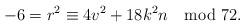
LaTeX: \begin{align*}-6 = r^2 \equiv 4v^2 +18k^2n\mod 72.\end{align*}